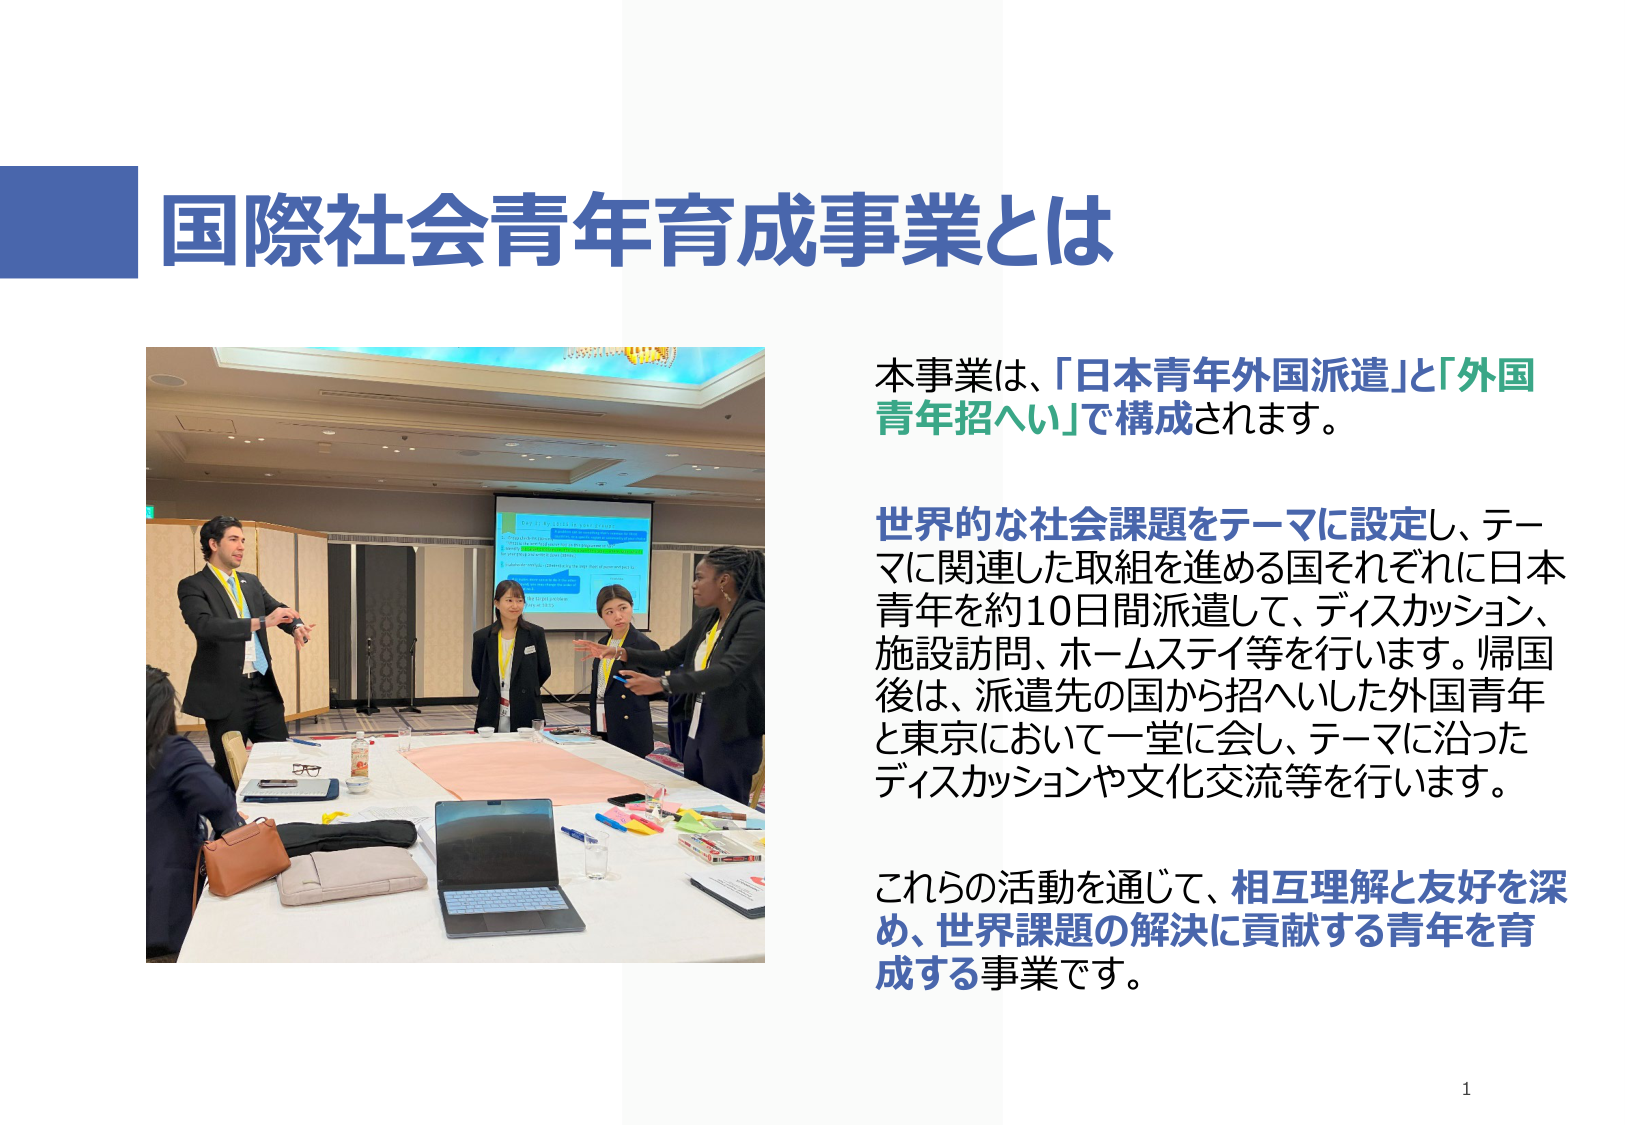
国際社会青年育成事業とは

本事業は、「日本青年外国派遣」と「外国青年招へい」で構成されます。

世界的な社会課題をテーマに設定し、テーマに関連した取組を進める国それぞれに日本青年を約10日間派遣して、ディスカッション、施設訪問、ホームステイ等を行います。帰国後は、派遣先の国から招へいした外国青年と東京において一堂に会し、テーマに沿ったディスカッションや文化交流等を行います。

これらの活動を通じて、相互理解と友好を深め、世界課題の解決に貢献する青年を育成する事業です。

1